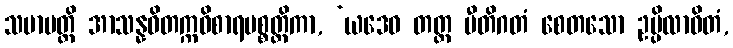
သမာပတ္တိ အာသန္နဝိတက္ကဝိစာရပစ္စတ္ထိကာ, ‘ယဒေဝ တတ္ထ ပီတိဂတံ စေတသော ဥပ္ပိလာဝိတံ,